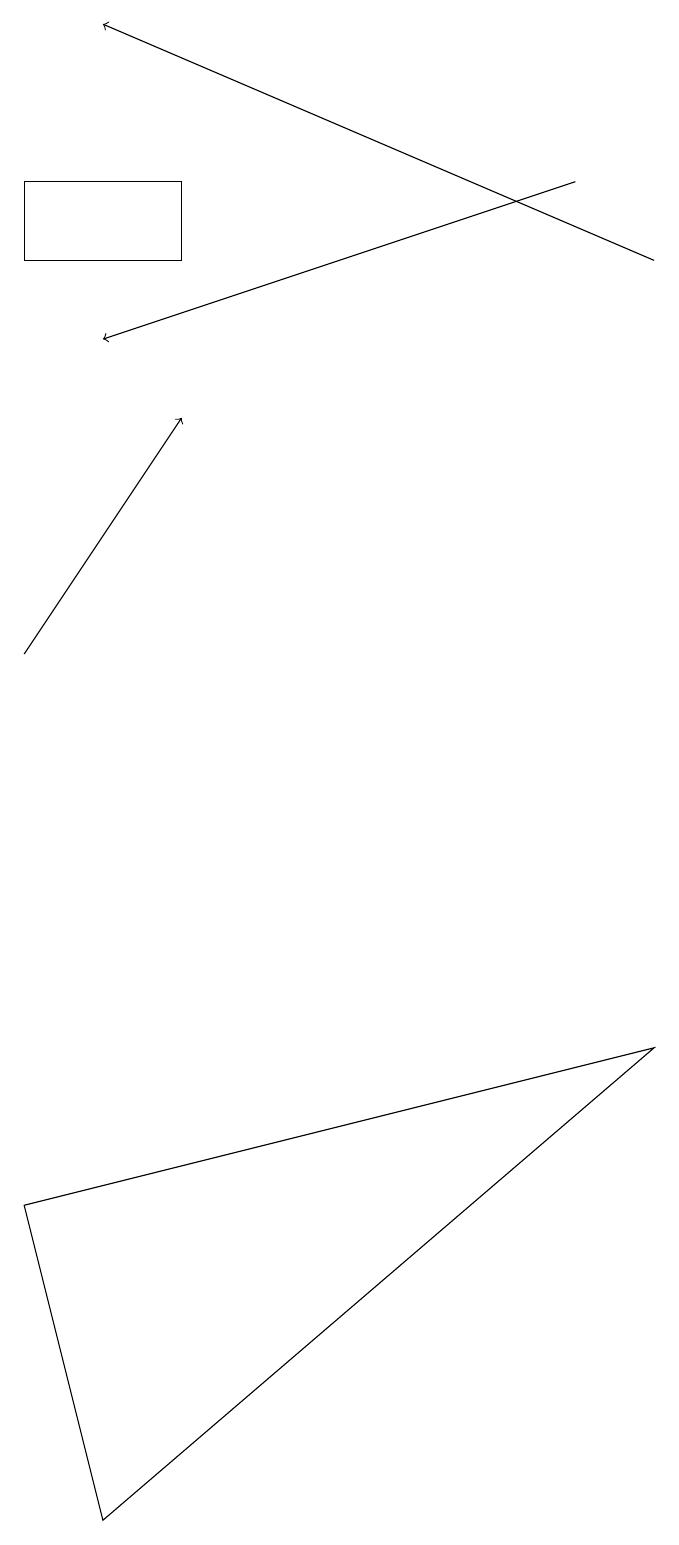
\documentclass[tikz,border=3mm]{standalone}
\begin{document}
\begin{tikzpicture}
\draw[->] (7,17) -- (1,15);
\draw (0,17) rectangle (2,16);
\draw[->] (8,16) -- (1,19);
\draw[->] (0,11) -- (2,14);
\draw (1,0) -- (8,6) -- (0,4) -- cycle;
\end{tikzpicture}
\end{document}